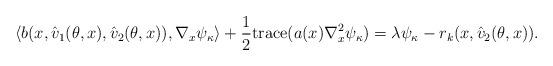
LaTeX: \begin{align*}\langle b(x, \hat v_1(\theta, x), \hat v_2(\theta, x)) , \nabla_x \psi_{\kappa} \rangle + \frac{1}{2} {\rm trace}(a(x) \nabla^2_x \psi_{\kappa}) = \lambda \psi_{\kappa} - r_k(x, \hat v_2(\theta, x)).\end{align*}